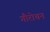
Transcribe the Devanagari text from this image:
गौरोचन